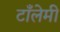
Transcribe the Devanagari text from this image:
टाँलेमी